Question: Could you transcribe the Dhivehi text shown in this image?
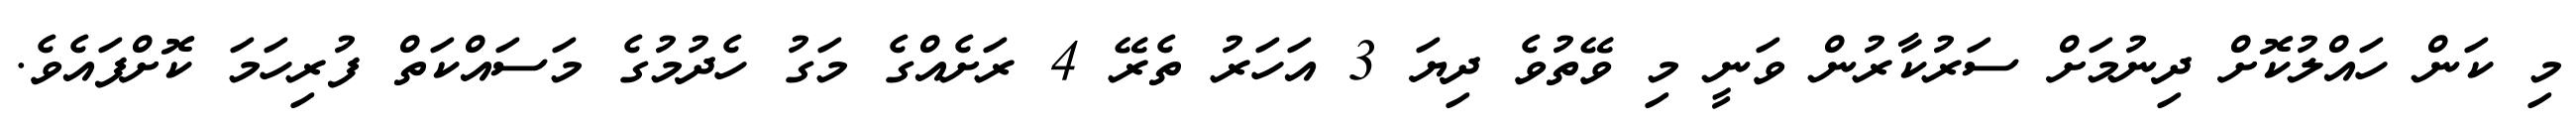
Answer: މި ކަން ހައްލުކޮށް ދިނުމަށް ސަރުކާރުން ވަނީ މި ވޭތުވެ ދިޔަ 3 އަހަރު ތެރޭ 4 ރަށެއްގެ މަގު ހެދުމުގެ މަސައްކަތް ފުރިހަމަ ކޮށްފައެވެ.